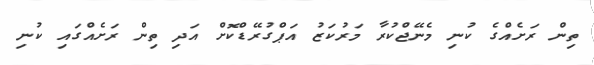
ތިން ރަށެއްގެ ކުނި މެނޭޖްކުރާ މަރުކަޒު އަޕްގުރޭޑްކޮށް އަދި ތިން ރަށެއްގައި ކުނި